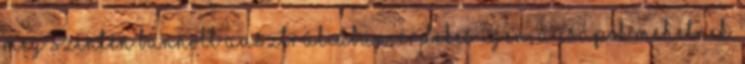
meg szintén bannolt ausztráliában, érdekes Igen, a csápok mehetnek.